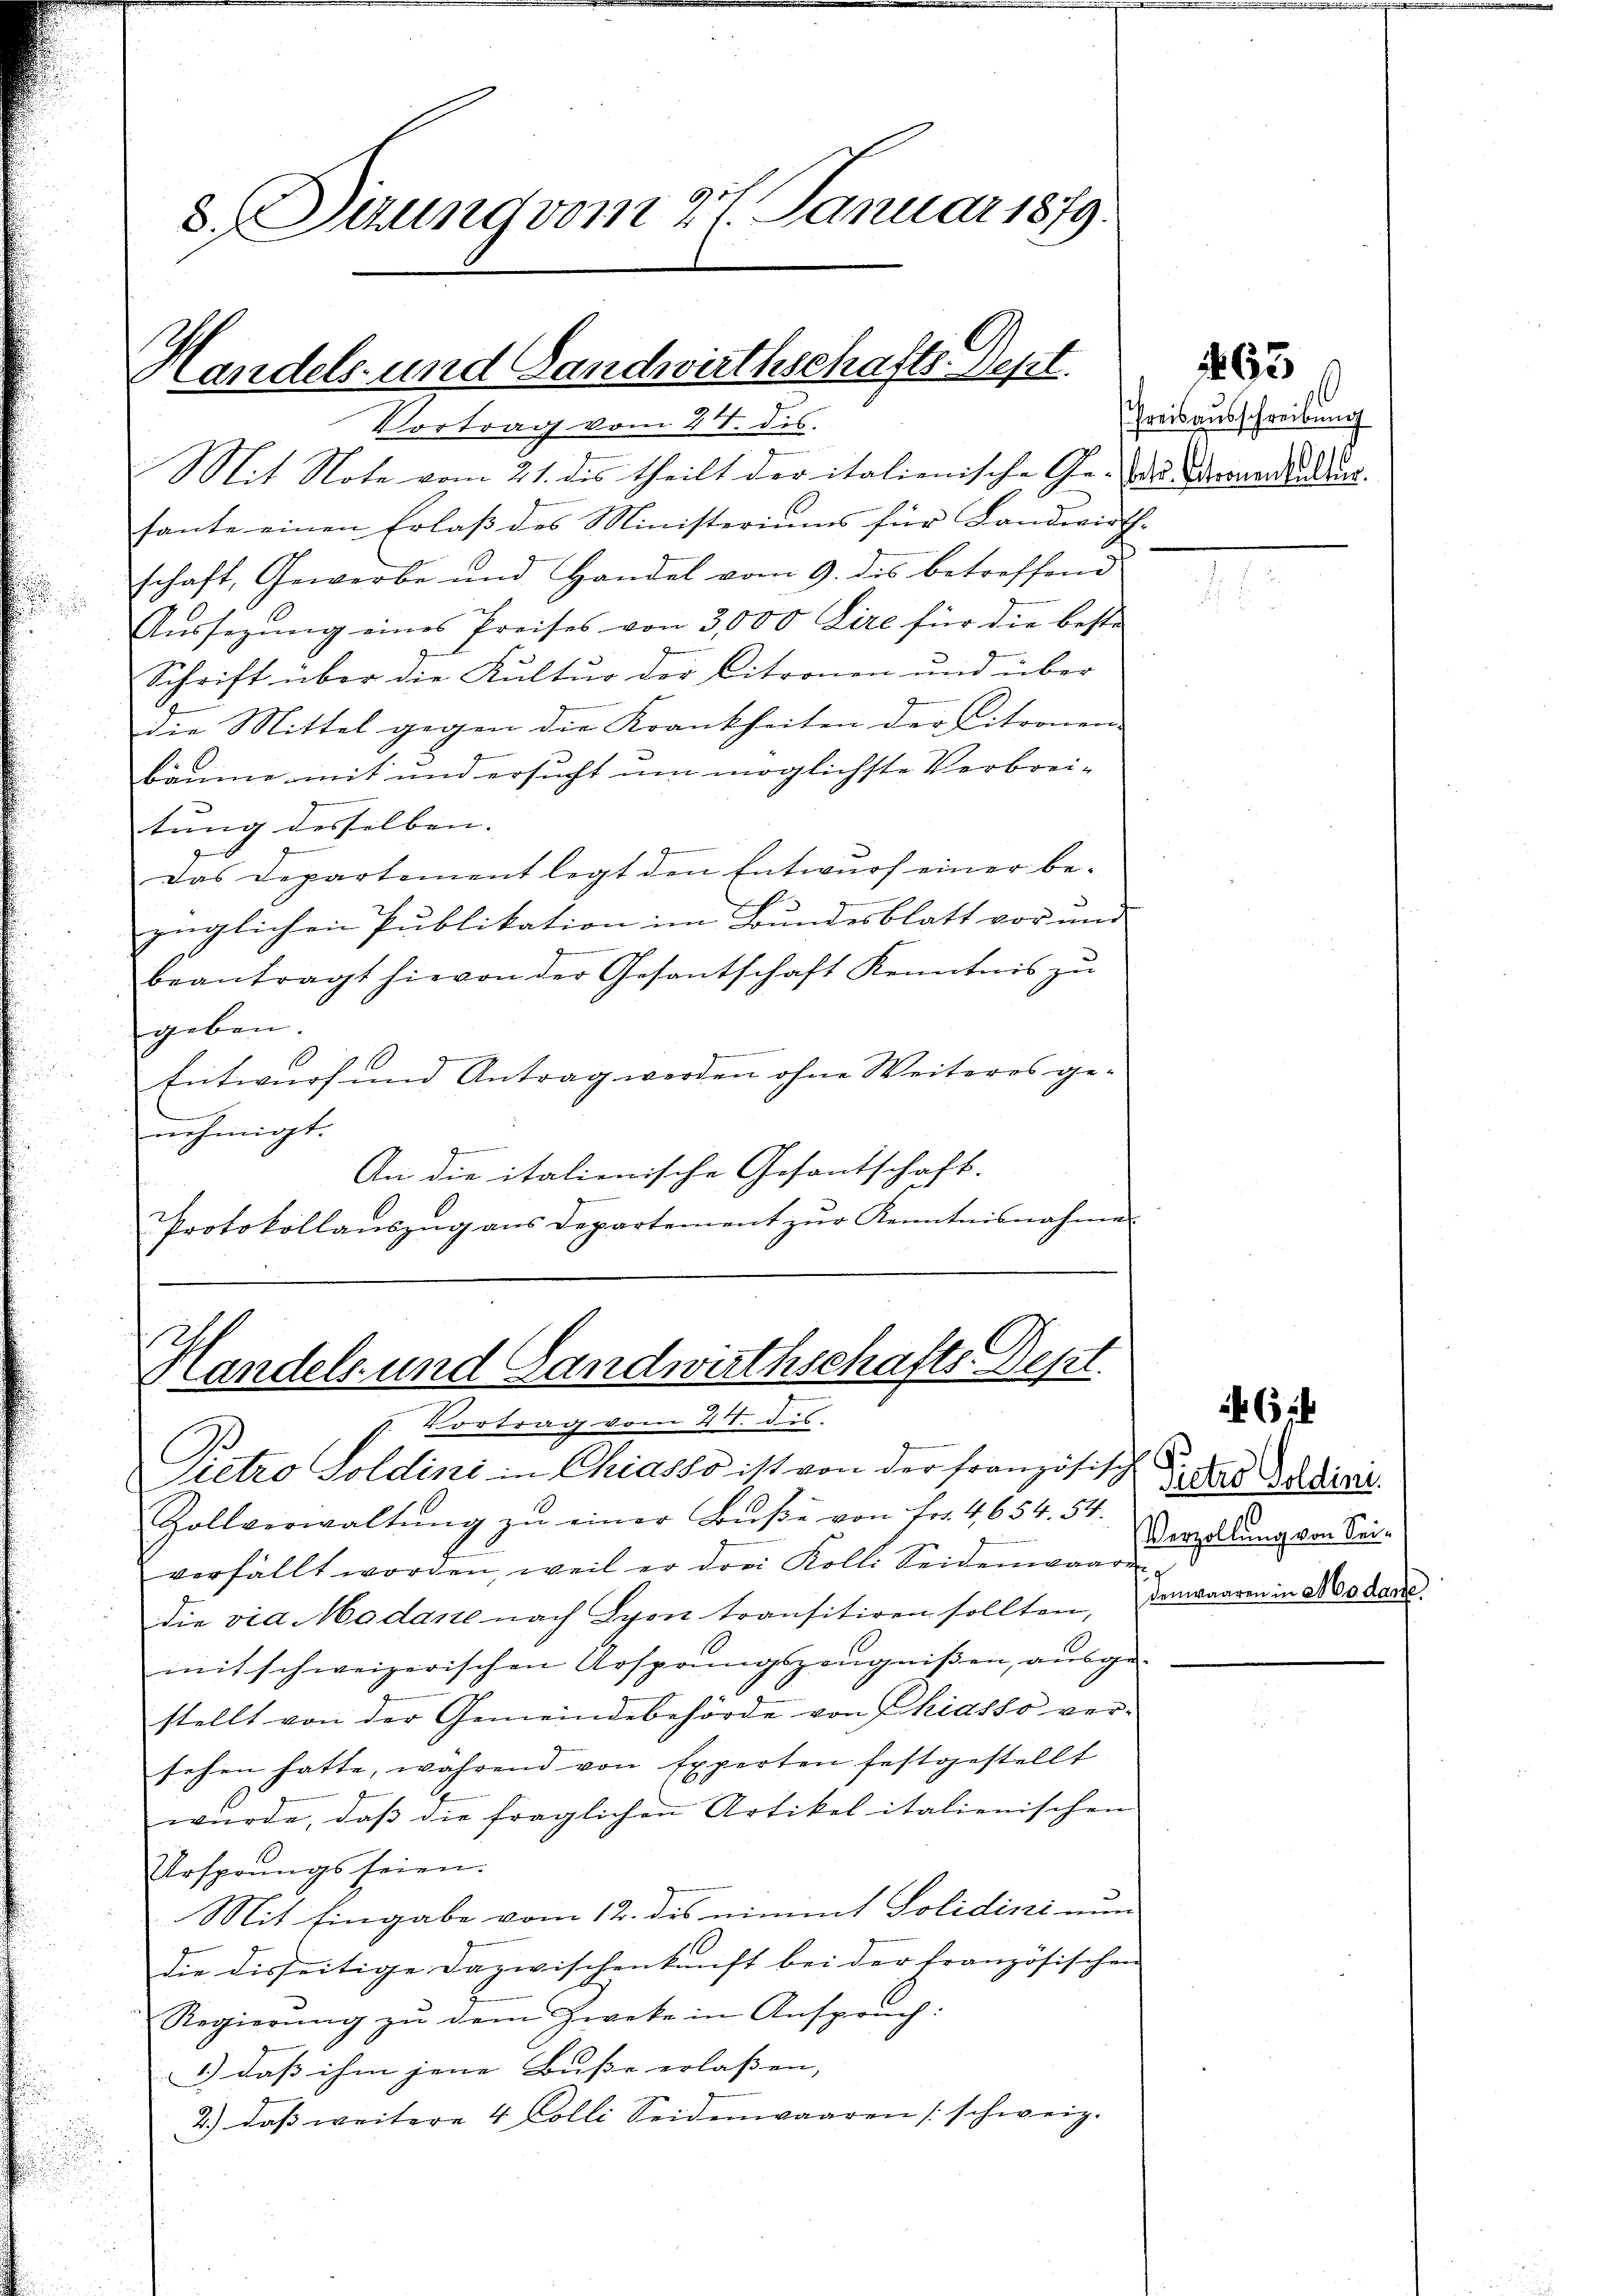
Handels- und Gandwirthschafts-Dept.

8. Sizung vom 27. Januar 1879.

Vortrag vom 27. ds.
Mit Note vom 21. des theilt der italienische Ge- des Wernerhaltung.
hante einen Erlaß des Ministeriums für Landwirth-
schaft, Gewerbe und Handel vom 9. des betreffend
Aŭssegŭng eines Preises von 3,000 Lire für die besti¬
Schrift über die Kultur der Citronen und über
die Mittel gegen die Krankheiten der Citronen-
bäume mit und ersucht um möglichste Verbrei-
tung desselben. |
Das Departement legt den Entwurf einer be-
züglichen Publikation im Bundesblatt vor und
e
beantragt hievon der Gesantschaft Kenntnis zu
geben.
Entwurf und Antrag werden ohne Weiteres ge-
nehmigt.
An die italienische Gesantschaft.
e
Protokollaŭszŭg ans Departement zŭr Kenntnisnahme
Handels- und Landwirthschafts-Dept.
Vortrag vom 21. dis.
Pietro Soldini in Chiasso ist von der Französisch
Zollverwaltŭng zŭ einer Bŭβe von fr. 4654. 54.
verfällt worden, weil er drei Kolli Seideman Kurzellung von Sei-
die via Modare nach Lyon transitiren sollten, denwaaren in Modene
mit schweizerischen Arsprungszeŭgniβen, aŭsge-
stellt von der Gemeindebehörde von Phidsso versehen hatte, während von Experten festgestellt
wurde, daß die fraglichen Artikel italienischen
Ursprungs seien.
Mit Eingabe vom 12. des nimmt Solidini nun
die disseitige Dazwischenkunft bei der Französischen
Regierŭng zŭ dem Zweke in Anspruch:
1.) dass ihm jene Busse erlassen, |
2.) dass weitere 4 Colli Seidenwaaren schweiz.

hreisausschreibung

163

Pictro Goldini.